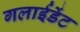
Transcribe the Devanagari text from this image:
गलाईडेंट